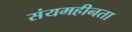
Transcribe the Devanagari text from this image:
संयमहीनता